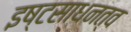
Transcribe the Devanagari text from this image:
इष्टसाधनत्व